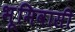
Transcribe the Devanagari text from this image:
भूमिवासी